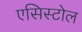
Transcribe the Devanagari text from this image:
एसिस्टोल